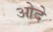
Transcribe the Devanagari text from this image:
ओदे